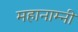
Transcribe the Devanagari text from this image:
महानाम्नी